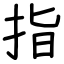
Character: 指